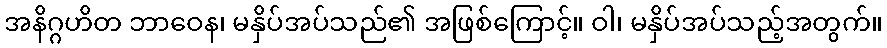
အနိဂ္ဂဟိတ ဘာဝေန၊ မနှိပ်အပ်သည်၏ အဖြစ်ကြောင့်။ ဝါ၊ မနှိပ်အပ်သည့်အတွက်။